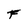
Character: F